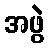
အဖွဲ